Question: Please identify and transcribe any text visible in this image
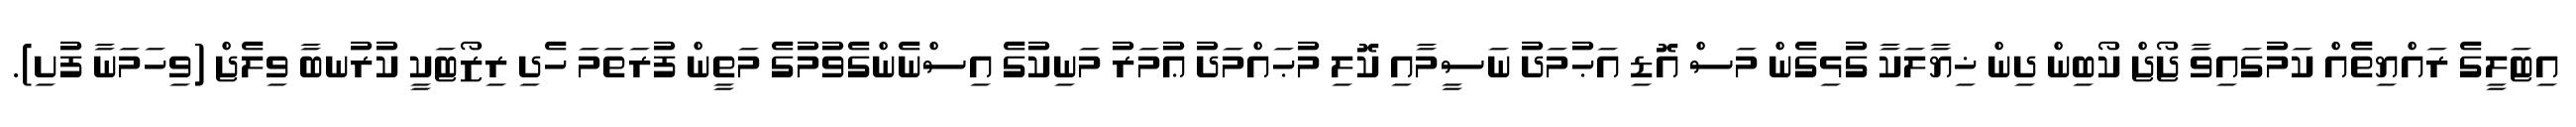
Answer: އިޓަލީގެ ރައްޔިތެއް ކަމުގައިވާ ޖޯޖް ކޯބިން ދިން ޚިޔާލަކާ ގުޅިގެން މަސް އޮޑި އަޙުމަދު ނަސީމާއި ކޮލި މުޙައްމަދު ޢުމަރު މަނިކުގެ އިސްނެންގެވުމުގެ މަތީން ފުރަތަމަ ހެދި ރިޒޯޓަކީ ކުރުނބާ ވިލެޖް (ވިހަމަނާ ފުށި).